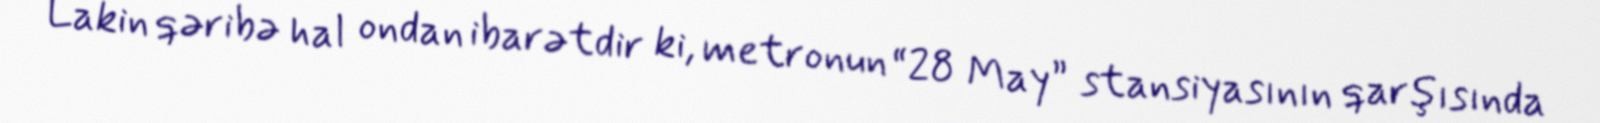
Lakin qəribə hal ondan ibarətdir ki, metronun “28 May” stansiyasının qarşısında